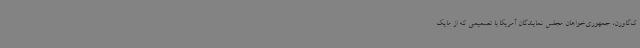
ک‌گاورن، جمهوری‌خواهان مجلس نمایندگان آمریکا با تصمیمی که از مایک